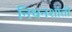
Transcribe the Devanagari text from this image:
निधनशांती